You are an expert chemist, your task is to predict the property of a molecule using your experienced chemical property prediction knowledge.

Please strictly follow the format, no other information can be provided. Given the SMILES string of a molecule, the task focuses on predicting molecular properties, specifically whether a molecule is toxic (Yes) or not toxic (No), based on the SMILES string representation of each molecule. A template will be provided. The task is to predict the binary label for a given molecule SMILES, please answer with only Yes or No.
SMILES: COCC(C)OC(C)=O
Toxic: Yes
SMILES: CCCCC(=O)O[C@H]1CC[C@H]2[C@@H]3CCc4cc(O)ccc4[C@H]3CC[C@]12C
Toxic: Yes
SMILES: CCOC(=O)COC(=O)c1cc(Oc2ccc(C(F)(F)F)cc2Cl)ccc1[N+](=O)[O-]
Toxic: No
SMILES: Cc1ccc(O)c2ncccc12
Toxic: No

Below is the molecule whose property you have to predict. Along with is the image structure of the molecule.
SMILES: O=C(c1ccc(O)cc1)c1ccc(O)cc1
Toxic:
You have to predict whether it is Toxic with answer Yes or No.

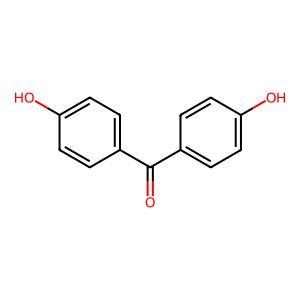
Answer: No